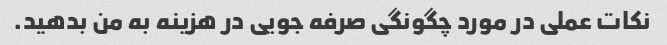
نکات عملی در مورد چگونگی صرفه جویی در هزینه به من بدهید.